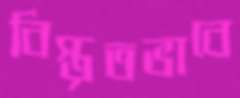
বিস্তৃতভাবে